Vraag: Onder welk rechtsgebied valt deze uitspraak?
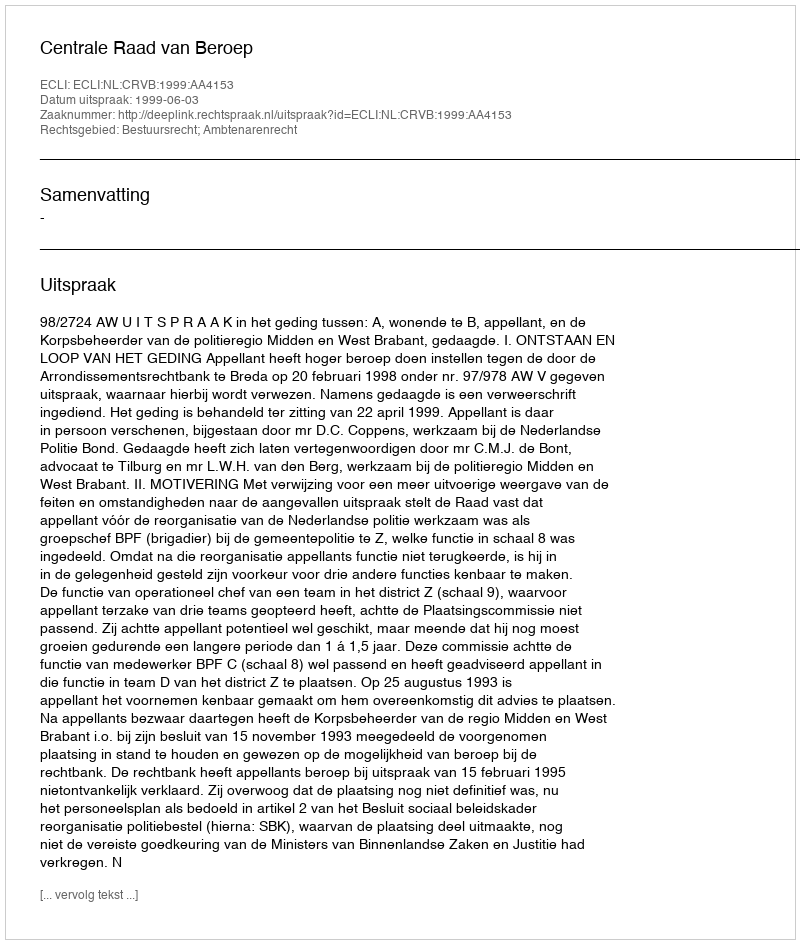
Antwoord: Bestuursrecht; Ambtenarenrecht